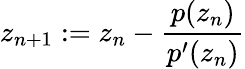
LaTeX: z_{n+1}:=z_{n}-{\frac{p(z_{n})}{p^{\prime}(z_{n})}}